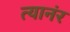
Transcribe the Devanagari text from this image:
त्यानंर